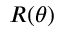
R ( \theta )